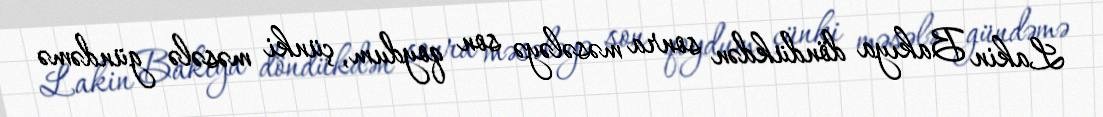
Lakin Bakıya döndükdən sonra məsələyə son qoydum, çünki məsələ gündəmə